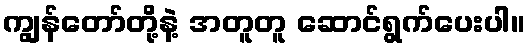
ကျွန်တော်တို့နဲ့ အတူတူ ဆောင်ရွက်ပေးပါ။